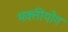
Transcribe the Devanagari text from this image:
भक्तीयोग